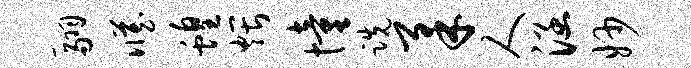
翮臧蝗煨憧跣柔人涵妙